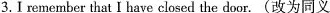
______________ 3.I remember that I have closed the door.(改为同义